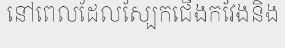
នៅពេលដែលស្បែកជើងកវែងនិង